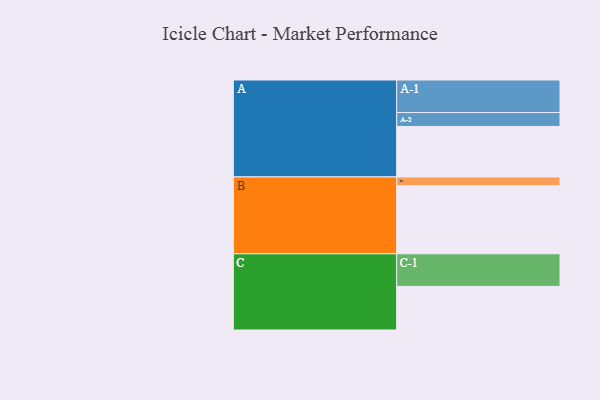
{"axis": {"x": "Segment", "y": "Value"}, "legend": ["", "A", "B", "C"], "data": [{"x": "A", "y": 428, "type": ""}, {"x": "B", "y": 577, "type": ""}, {"x": "C", "y": 370, "type": ""}, {"x": "A-1", "y": 276, "type": "A"}, {"x": "A-2", "y": 118, "type": "A"}, {"x": "B-1", "y": 74, "type": "B"}, {"x": "C-1", "y": 276, "type": "C"}]}